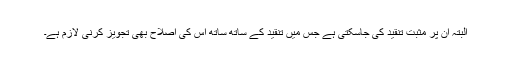
البتہ ان پر مثبت تنقید کی جاسکتی ہے جس میں تنقید کے ساتھ ساتھ اس کی اصلاح بھی تجویز کرنی لازم ہے۔